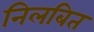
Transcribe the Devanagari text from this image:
निलबित